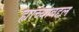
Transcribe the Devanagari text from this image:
ह्यांच्याबद्दल